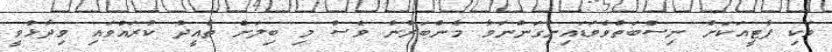
ވަކި ޕާޓީއަކަށް ނިސްބަތްވެވަޑައިނުގަންނަވާ މެންބަރުން ވެސް މި ބިލަށް ތާއީދު ކުރައްވައި ވިދާޅުވީ